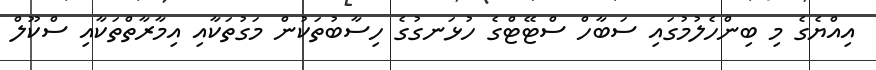
އިއްޔެގެ މި ބިންހެލުމުގައި ސަބާހް ސްޓޭޓްގެ ހުޅަނގުގެ ހިސާބުތަކުން މަގުތަކާއި އިމާރާތްތަކާއި ސްކޫލް